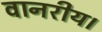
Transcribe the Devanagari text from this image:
वानरीय।